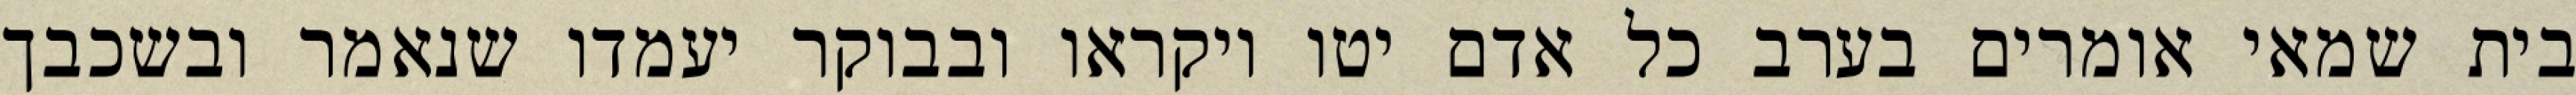
בית שמאי אומרים בערב כל אדם יטו ויקראו ובבוקר יעמדו שנאמר ובשכבך